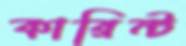
কারিন্ট